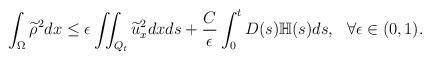
LaTeX: \begin{align*} \int_\Omega \widetilde{\rho}^2dx\leq \epsilon\iint_{Q_t} \widetilde{u}_x^2dxds+\frac{C}{\epsilon}\int_0^tD(s)\mathbb{H}(s)ds,~~ \forall \epsilon \in (0, 1). \end{align*}